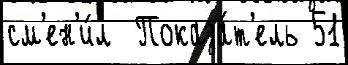
см'ен'и́л  Показа́т'ель 51